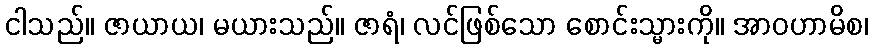
ငါသည်။ ဇာယာယ၊ မယားသည်။ ဇာရံ၊ လင်ဖြစ်သော စောင်းသ္မားကို။ အာဝဟာမိစ၊